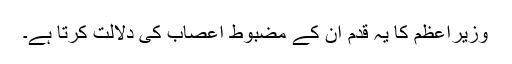
وزیراعظم کا یہ قدم ان کے مضبوط اعصاب کی دلالت کرتا ہے۔